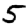
Digit: 5